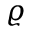
\varrho